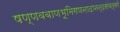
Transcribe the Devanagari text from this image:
षण्णवबाणभूमिगणनादानन्दसंवत्सरे